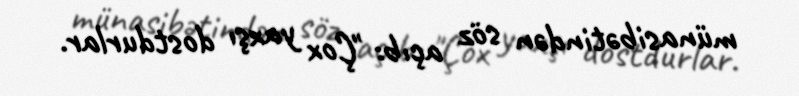
münasibətindən söz açıb: "Çox yaxşı dostdurlar.